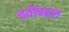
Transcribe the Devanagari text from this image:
चवीबद्दल